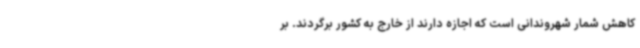
کاهش شمار شهروندانی است که اجازه دارند از خارج به کشور برگردند. بر